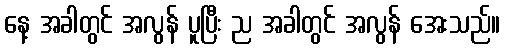
နေ့ အခါတွင် အလွန် ပူပြီး ည အခါတွင် အလွန် အေးသည်။